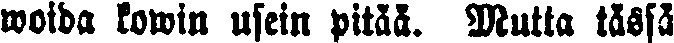
woida kowin usein pitää. Mutta tässä